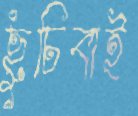
ছুঁচিবাই